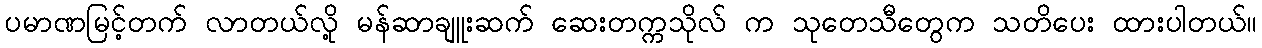
ပမာဏမြင့်တက် လာတယ်လို့ မန်ဆာချူးဆက် ဆေးတက္ကသိုလ် က သုတေသီတွေက သတိပေး ထားပါတယ်။